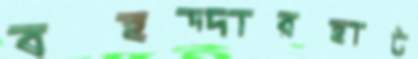
বহদ্দারহাট